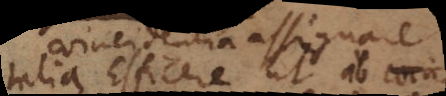
talia Efficere ut ab